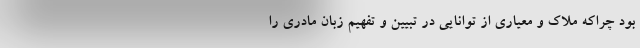
بود چراکه ملاک و معیاری از توانایی در تبیین و تفهیم زبان مادری را